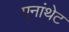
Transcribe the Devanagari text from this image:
एनांथेट